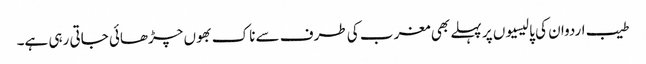
طیب اردوان کی پالیسیوں پر پہلے بھی مغرب کی طرف سے ناک بھوں چڑھائی جاتی رہی ہے۔